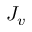
J _ { v }